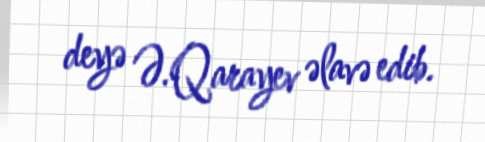
deyə Ə.Qarayev əlavə edib.